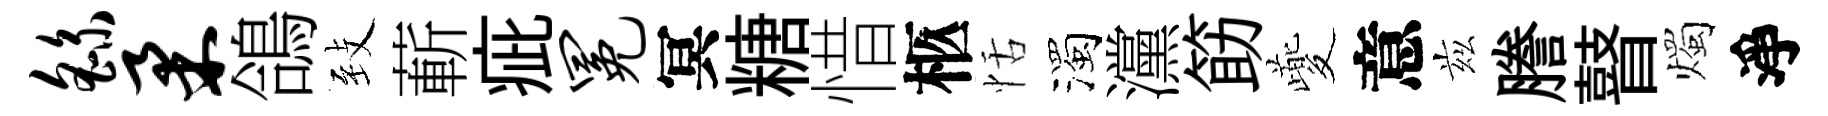
繇柔鴿𦤺蔪疵冕冥糖惜柩恬濁灙筯夔意兹謄瞽燭淨